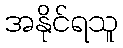
အနိုင်ရသူ